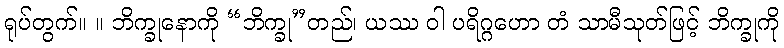
ရုပ်တွက်။ ။ ဘိက္ခုနောကို “ဘိက္ခု”တည်၊ ယဿ ဝါ ပရိဂ္ဂဟော တံ သာမီသုတ်ဖြင့် ဘိက္ခုကို